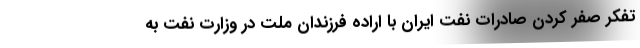
تفکر صفر کردن صادرات نفت ایران با اراده فرزندان ملت در وزارت نفت به